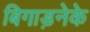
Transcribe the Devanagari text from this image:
बिगाड़नेके